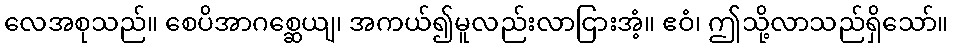
လေအစုသည်။ စေပိအာဂစ္ဆေယျ၊ အကယ်၍မူလည်းလာငြားအံ့။ ဧဝံ၊ ဤသို့လာသည်ရှိသော်။